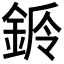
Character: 𨧌